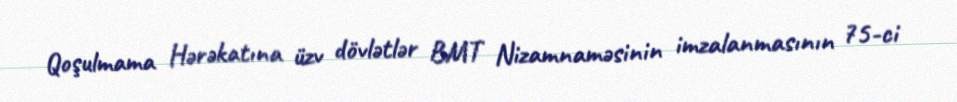
Qoşulmama Hərəkatına üzv dövlətlər BMT Nizamnaməsinin imzalanmasının 75-ci